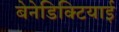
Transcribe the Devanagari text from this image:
बेनेडिक्टियाई